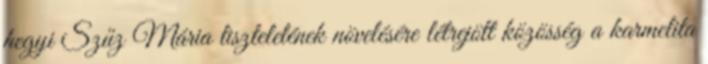
hegyi Szűz Mária tiszteletének növelésére létrejött közösség a karmelita